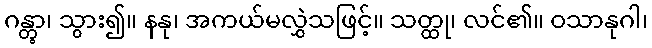
ဂန္တွာ၊ သွား၍။ နနု၊ အကယ်မလွှဲသဖြင့်။ သတ္ထု၊ လင်၏။ ဝသာနုဂါ၊